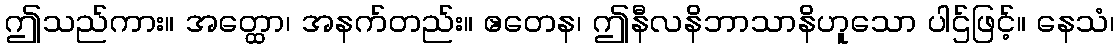
ဤသည်ကား။ အတ္ထော၊ အနက်တည်း။ ဧတေန၊ ဤနီလနိဘာသာနိဟူသော ပါဌ်ဖြင့်။ နေသံ၊